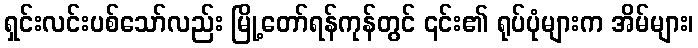
ရှင်းလင်းပစ်သော်လည်း မြို့တော်ရန်ကုန်တွင် ၎င်း၏ ရုပ်ပုံများက အိမ်များ၊